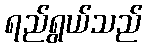
ရည်ရွယ်သည်